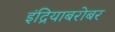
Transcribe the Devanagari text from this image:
इंद्रियाबरोबर